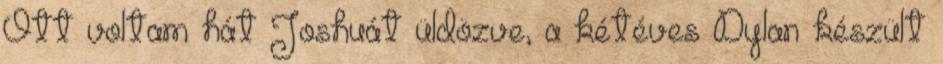
Ott voltam hát Joshuát üldözve, a kétéves Dylan készült